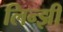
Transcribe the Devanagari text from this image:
लिन्झी